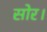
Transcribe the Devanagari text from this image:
सोर।